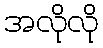
အလိုလို